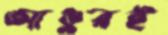
আঙুরই